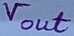
Text: Vout